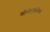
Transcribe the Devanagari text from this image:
मोनोएटोमिक